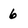
Character: 6